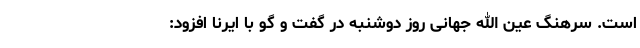
است. سرهنگ عین الله جهانی روز دوشنبه در گفت و گو با ایرنا افزود: